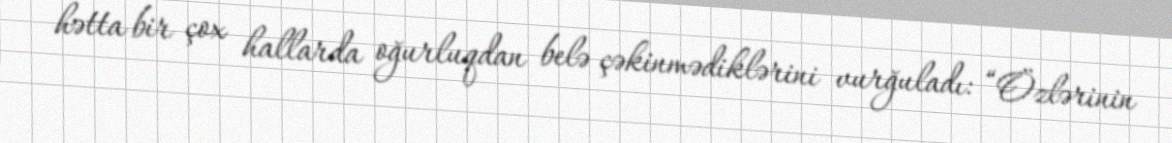
hətta bir çox hallarda oğurluqdan belə çəkinmədiklərini vurğuladı: “Özlərinin